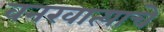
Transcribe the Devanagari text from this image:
वनखात्याचे